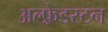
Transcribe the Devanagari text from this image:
अल्फ़्रेडस्टन